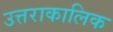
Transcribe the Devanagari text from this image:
उत्तराकालिक